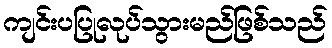
ကျင်းပပြုလုပ်သွားမည်ဖြစ်သည်